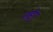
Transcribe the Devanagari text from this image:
ताईगु